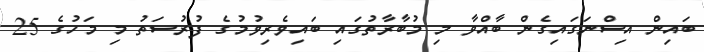
ބައިން އިސްނަގައިގެން ބާއްވާ މި މުބާރާތުގައި ބައިވެރިވުމުގެ ފުރުސަތު މި މަހުގެ 25